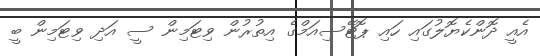
އެއީ ދޮންކެޔޮލުގައި ހައި ޕޮޓޭސިއަމްގެ އިތުރުން ވިޓަމިން ސީ އަދި ވިޓަމިން ބީ